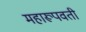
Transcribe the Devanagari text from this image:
महारूपवती